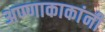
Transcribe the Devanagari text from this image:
अण्णाकाकांनी